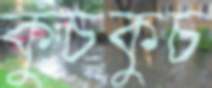
কুচকুচ